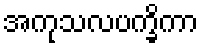
အကုသလပက္ခိကာ